Lunatic asylums Madras 1892-1911 - 1892-1911
Year: 1892
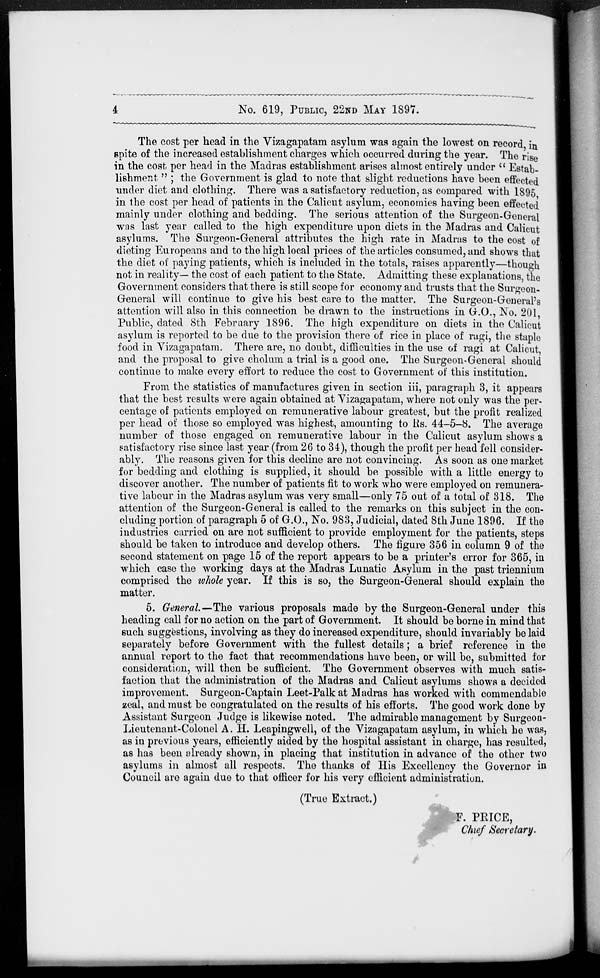
4
No. 619, PUBLIC, 22ND MAY 1897.
The cost per head in the Vizagapatam asylum was again the lowest on record in
spite of the increased establishment charges which occurred during the year. The rise
in the cost per head in the Madras establishment arises almost entirely under " Estab-
lishment " ; the Government is glad to note that slight reductions have been effected
under diet and clothing. There was a satisfactory reduction, as compared with 1895
in the cost per head of patients in the Calicut asylum, economies having been effected
mainly under clothing and bedding. The serious attention of the Surgeon-General
was last year called to the high expenditure upon diets in the Madras and Calicut
asylums. The Surgeon-General attributes the high rate in Madras to the cost of
dieting Europeans and to the high local prices of the articles consumed, and shows that
the diet of paying patients, which is included in the totals, raises apparently—though
not in reality— the cost of each patient to the State. Admitting these explanations, the
Government considers that there is still scope for economy and trusts that the Surgeon-
General will continue to give his best care to the matter. The Surgeon-General's
attention will also in this connection be drawn to the instructions in G.O., No. 201,
Public, dated 8th February 1896. The high expenditure on diets in the Calicut
asylum is reported to be due to the provision there of rice in place of ragi, the staple
food in Vizagapatam. There are, no doubt, difficulties in the use of ragi at Calicut,
and the proposal to give cholum a trial is a good one. The Surgeon-General should
continue to make every effort to reduce the cost to Government of this institution.
From the statistics of manufactures given in section iii, paragraph 3, it appears
that the best results were again obtained at Vizagapatam, where not only was the per-
centage of patients employed on remunerative labour greatest, but the profit realized
per head of those so employed was highest, amounting to Rs. 44-5-8. The average
number of those engaged on remunerative labour in the Calicut asylum shows a
satisfactory rise since last year (from 26 to 34), though the profit per head fell consider-
ably. The reasons given for this decline are not convincing. As soon as one market
for bedding and clothing is supplied, it should be possible with a little energy to
discover another. The number of patients fit to work who were employed on remunera-
tive labour in the Madras asylum was very small—only 75 out of a total of 318. The
attention of the Surgeon-General is called to the remarks on this subject in the con-
cluding portion of paragraph 5 of G.O., No. 983, Judicial, dated 8th June 1896. If the
industries carried on are not sufficient to provide employment for the patients, steps
should be taken to introduce and develop others. The figure 356 in column 9 of the
second statement on page 15 of the report appears to be a printer's error for 365, in
which case the working days at the Madras Lunatic Asylum in the past triennium
comprised the whole year. If this is so, the Surgeon-General should explain the
matter.
5. General—The various proposals made by the Surgeon-General under this
heading call for no action on the part of Government. It should be borne in mind that
such suggestions, involving as they do increased expenditure, should invariably be laid
separately before Government with the fullest details; a brief reference in the
annual report to the fact that recommendations have been, or will be, submitted for
consideration, will then be sufficient. The Government observes with much satis-
faction that the administration of the Madras and Calicut asylums shows a decided
improvement. Surgeon-Captain Leet-Palk at Madras has worked with commendable
zeal, and must be congratulated on the results of his efforts. The good work done by
Assistant Surgeon Judge is likewise noted. The admirable management by Surgeon-
Lieutenant-Colonel A. H. Leapingwell, of the Vizagapatam asylum, in which he was,
as in previous years, efficiently aided by the hospital assistant in charge, has resulted,
as has been already shown, in placing that institution in advance of the other two
asylums in almost all respects. The thanks of His Excellency the Governor in
Council are again due to that officer for his very efficient administration.
(True Extract.)
F. PRICE,
Chief Secretary.